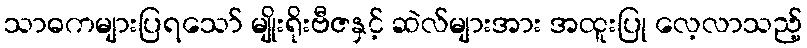
သာဓကများပြရသော် မျိုးရိုးဗီဇနှင့် ဆဲလ်များအား အထူးပြု လေ့လာသည့်